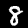
Digit: 8